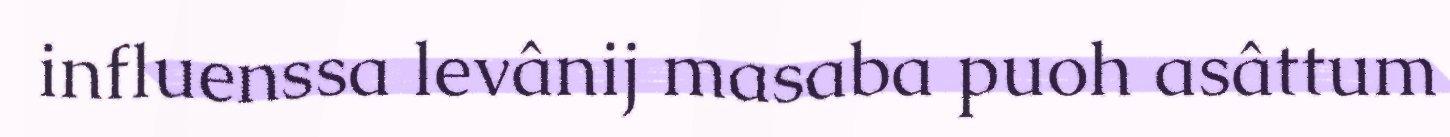
influenssa levânij masaba puoh asâttum